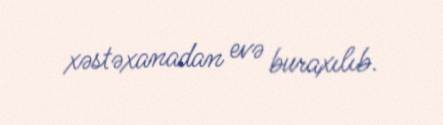
xəstəxanadan evə buraxılıb.